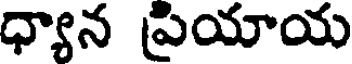
ధ్యాన ప్రియాయ